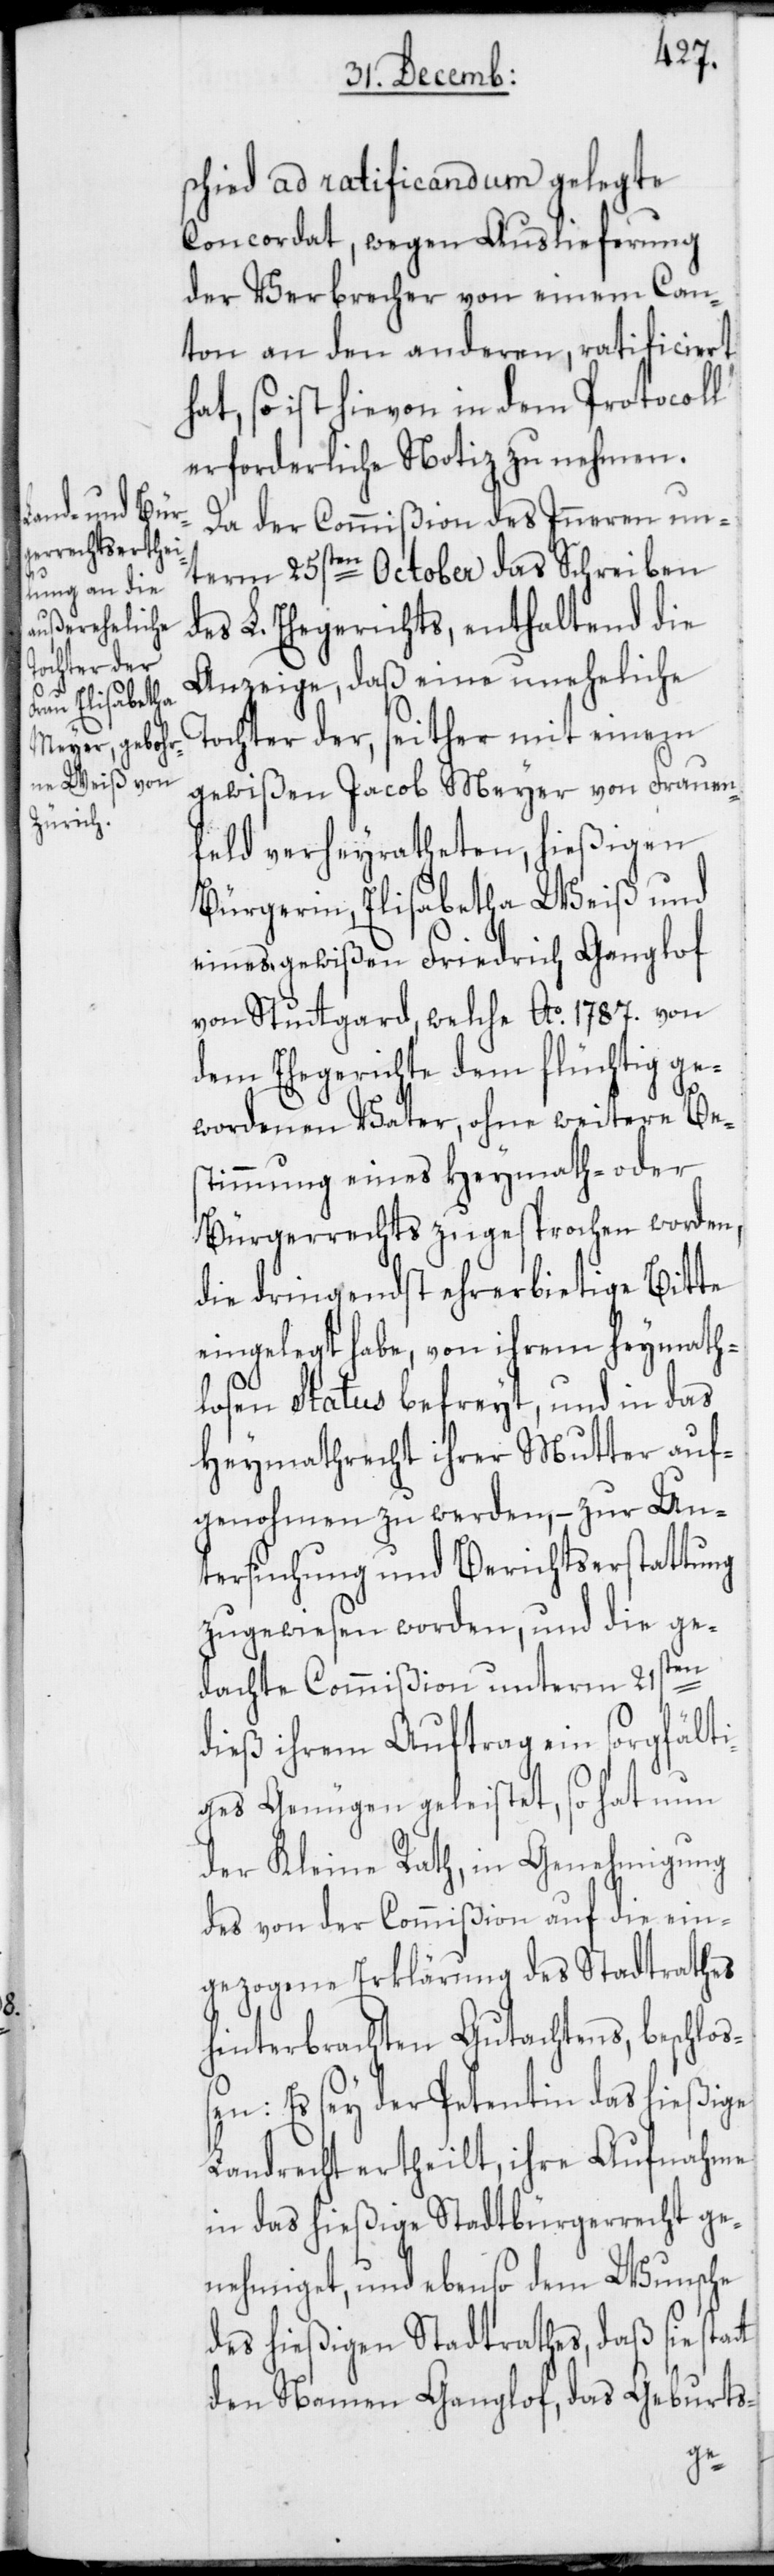
schied ad ratificandum gelegte
Concordat, wegen Auslieferung
der Verbrecher von einem Can¬
ton an den anderen, ratificiert
hat, so ist hievon in dem Protocoll
erforderliche Notiz zu nehmen.
Da der Commißion des Inneren un¬
term 25sten October das Schreiben
des L. Ehegerichts, enthaltend die
Anzeige, daß eine uneheliche
Tochter der, seither mit einem
gewißen Jacob Meyer von Frauen¬
feld verheyratheten, hießigen
Bürgerin, Elisabetha Weiß und
eines gewißen Friedrich Ganghof
von Stuttgard, welche Ao. 1787. von
dem Ehegerichte dem flüchtig ge¬
wordenen Vater, ohne weitere Be¬
stimmung eines Heymath- oder
Bürgerrechts zugesprochen worden,
die dringendst ehrerbietige Bitte
eingelegt habe, von ihrem heymath¬
losen Status befreyt, und in das
Heymathrecht ihrer Mutter auf¬
genohmen zu werden, – zur Un¬
tersuchung und Berichtserstattung
zugewiesen worden, und die ge¬
ten
dachte Commißion unterm 21s¬
t
dieß ihren Auftrag ein sorgfälti¬
ges Genügen geleistet, so hat nun
der Kleine Rath, in Genehmigung
des von der Commißion auf die ein¬
gezogene Erklärung des Stadtrathes
hinterbrachten Gutachtens, beschloße¬
n: Es sey der Petentin das hießige
Landrecht ertheilt, ihre Aufnahme
in das hießige Stadtbürgerrecht ge¬
nehmiget, und ebenso dem Wunsche
des hießigen Stadtrathes, daß sie stat¬
den Namen Ganghof, das Geburts-